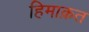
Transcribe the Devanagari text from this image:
हिमाक़त